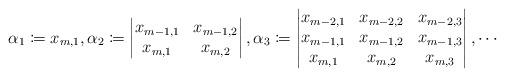
LaTeX: \begin{align*}\alpha_1 \coloneqq x_{m,1}, \alpha_2 \coloneqq \begin{vmatrix}x_{m-1,1} & x_{m-1,2} \\x_{m,1} & x_{m,2}\end{vmatrix}, \alpha_3 \coloneqq \begin{vmatrix}x_{m-2,1} & x_{m-2,2} & x_{m-2,3}\\x_{m-1,1} & x_{m-1,2} & x_{m-1,3} \\x_{m,1} & x_{m,2} & x_{m,3}\end{vmatrix}, \cdots\end{align*}